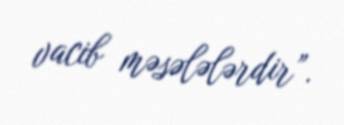
vacib məsələlərdir”.